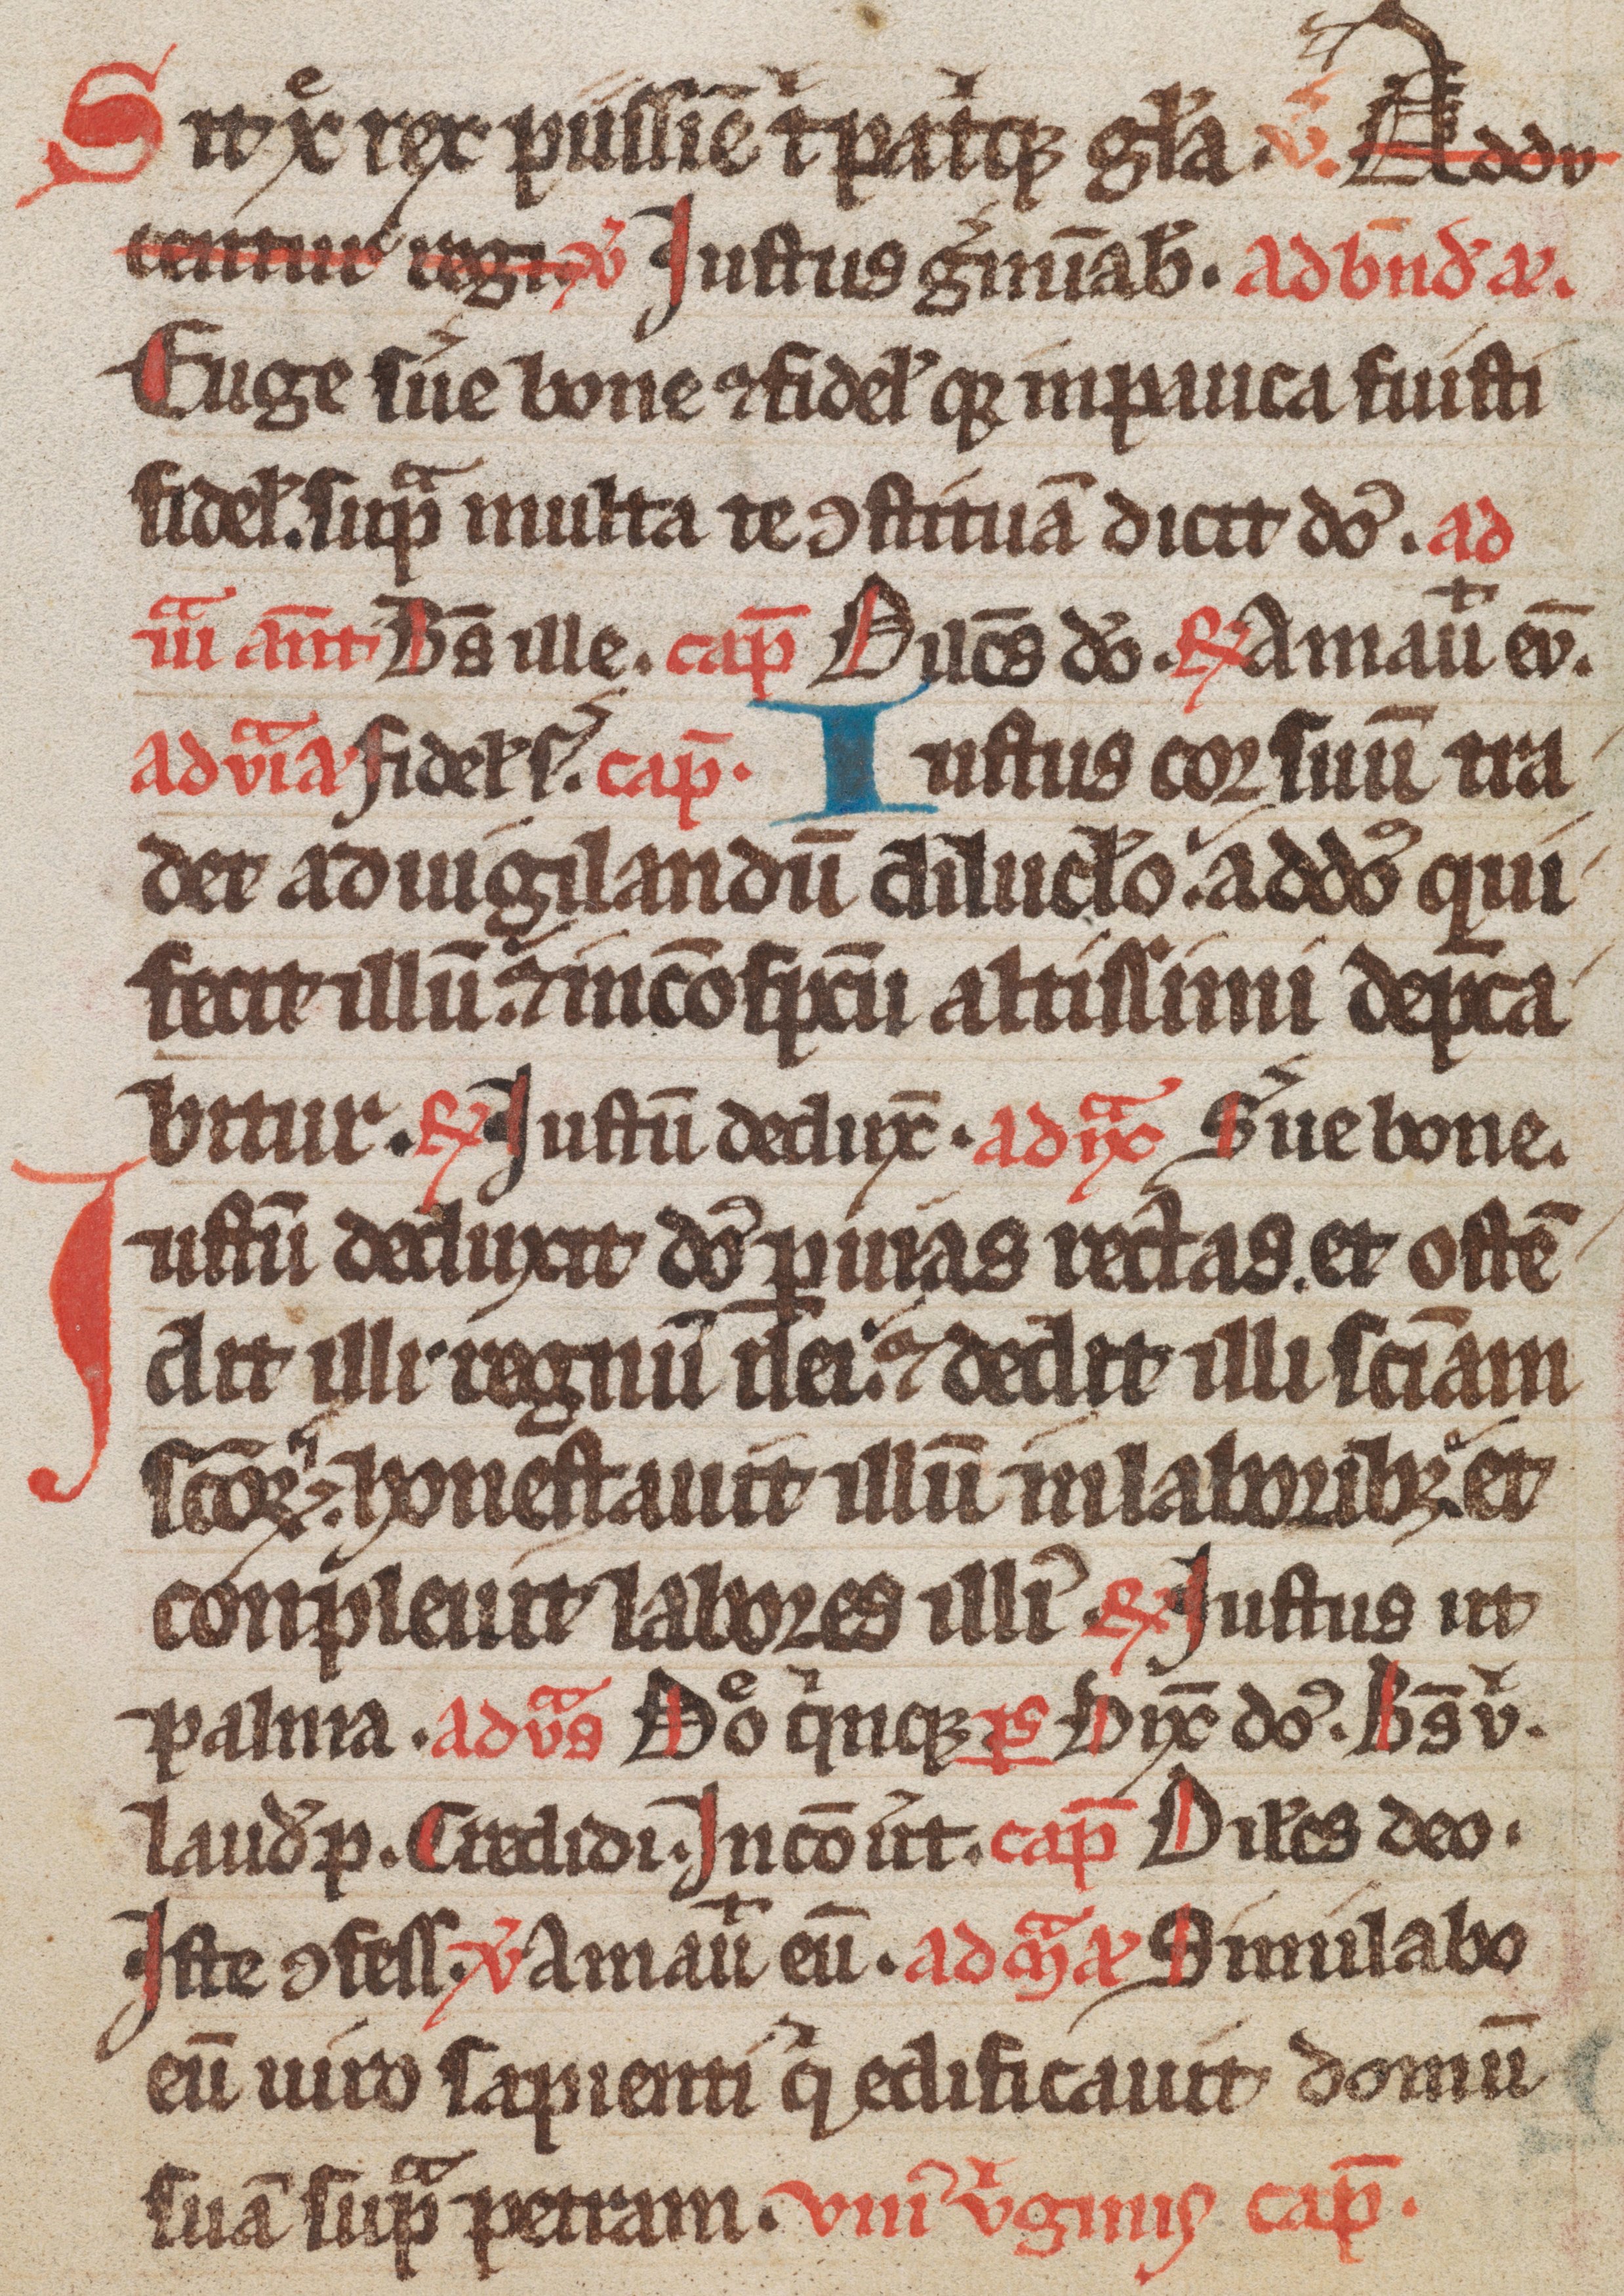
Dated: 1300–1349